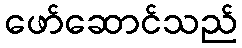
ဖော်ဆောင်သည်